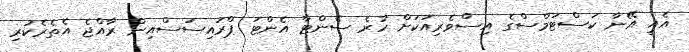
އެއީ އޭނާ ކަސްޓަމްސްގެ އިސްވެރިއަކަށް ހުރެ ސެންޓާ އެންޓަ ޕްރައިސަސްއިން ރާއްޖެ އެތެރެކުރި